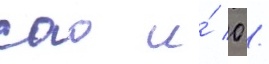
сао и́ 0 /